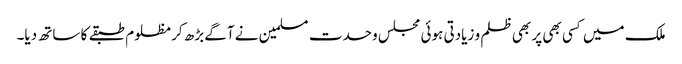
ملک میں کسی بھی پر بھی ظلم و زیادتی ہوئی مجلس وحدت مسلمین نے آگے بڑھ کر مظلوم طبقے کا ساتھ دیا۔